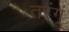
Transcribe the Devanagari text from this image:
तरंगूं